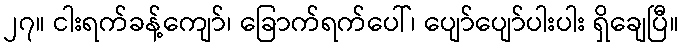
၂၇။ ငါးရက်ခန့်ကျော်၊ ခြောက်ရက်ပေါ်၊ ပျော်ပျော်ပါးပါး ရှိချေပြီ။